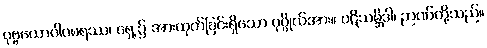
ပုဗ္ဗယောဂါဝစရဿ၊ ရှေ့၌ အားထုတ်ခြင်းရှိသော ပုဂ္ဂိုလ်အား။ ပဋိသမ္ဘိဒါ၊ ဉာဏ်တို့သည်။